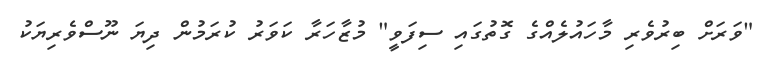
"ވަރަށް ބިރުވެރި މާހައުލެއްގެ ގޮތުގައި ސިފަވީ" މުޒާހަރާ ކަވަރު ކުރަމުން ދިޔަ ނޫސްވެރިޔަކު